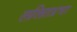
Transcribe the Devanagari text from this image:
ललितप्रभा